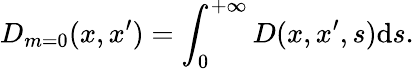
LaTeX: D_{m=0}(x,x^{\prime})=\int_{0}^{+\infty}D(x,x^{\prime},s)\mathrm{d}s.